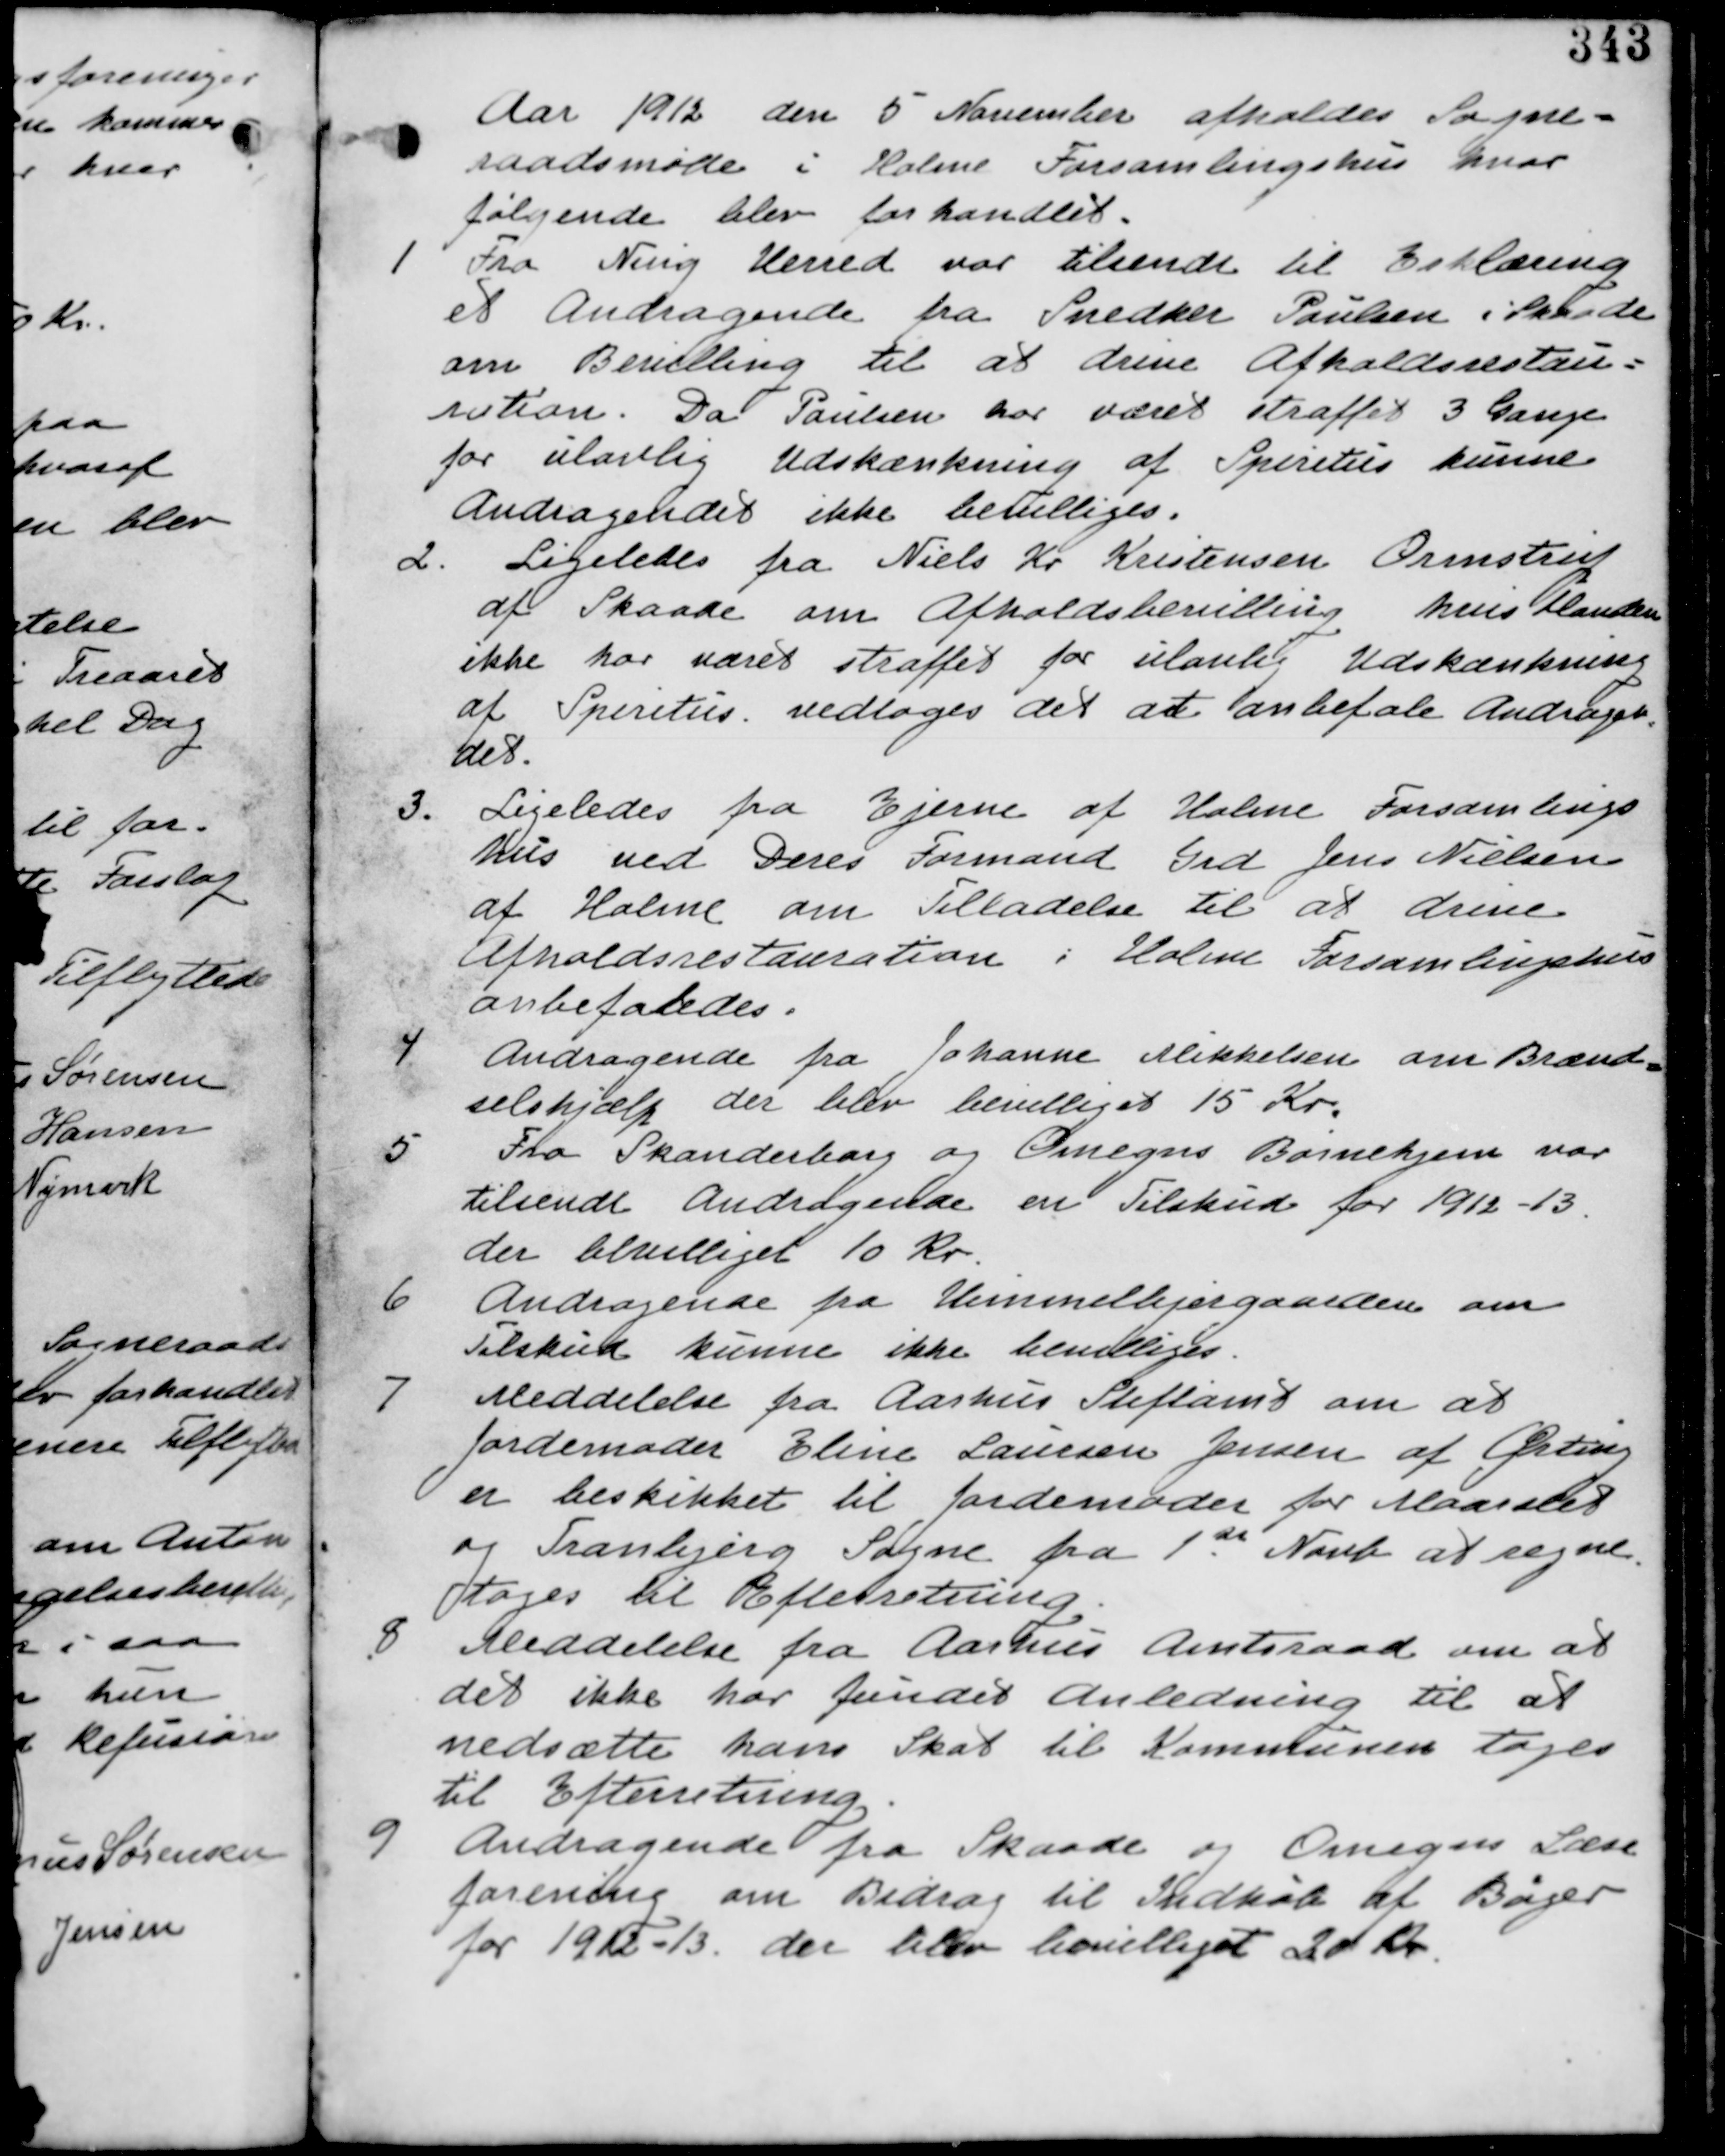
Transskription:
Aar 1912 den 5. November afholdes Sogne-
raadsmøde i Holme Forsamlingshus hvor
følgende blev forhandlet.

1. Fra Ning Herred var tilsendt til Erklæring
et andragende fra Snedker Paulsen Skaade
om Bevilling til at drive Afholdsrestau-
ration. Da Paulsen har været straffet 3 gange
for ulovlig Udskænkning af Spiritus kunne
Andragedet ikke bevilliges.

2. Ligeledes fra Niels Kr Kristensen Ormstrup
af Skaade om Alkoholbevilling hvis Manden
ikke har været straffet for ulovlig Udskænkning
af Spiritus. vedtages det at anbefale Andragen-
det

Ligeledes fra Ejerne af Holme Forsamlings
hus ved Deres Formand Grd Jens Nielsen
af Holme om Tilladelse til at drive
Afholdsrestaurenten i Holme Forsamlingshus
anbefales.

4. Andragende fra Johanne Mikkelsen om Brænd-
selshjælp der blev bevilliget 15 Kr.

Fra Skanderborg og Omegns Børnehjem var
tilsendt Andragende om Tilskud for 1912-13.
der bevilliget 10 Kr.

6. Andragende fra Himmelbjerggaarden om
Tilskud kunne ikke bevilliges.

7. Meddelelse fra Aarhus Stiftamt om at
Jordemoder Eline Laursen Jensen af Ørting
er beskikket til Jordemoder for Maarslet
og Tranbjerg Sogne fra 1st Novb at regne
tages til Efterretning.

8. Meddelelse fra Aarhus Amtsraad om at
det ikke har fundet Anledning til at
nedsætte hans Skat til Kommunen tages
til Efterretning.

9. Andragende fra Skaade og Omegns Læse
forening om Bidrag til Indkøb af Bøger
for 1912-13. der blev bevilliget 20 Kr.